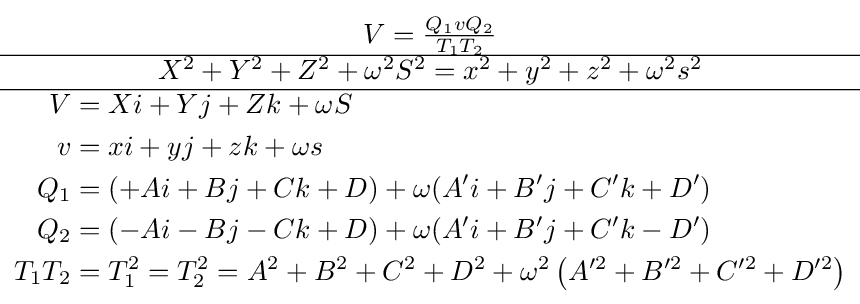
{\begin{matrix}V={\frac {Q_{1}vQ_{2}}{T_{1}T_{2}}}\\\hline X^{2}+Y^{2}+Z^{2}+\omega ^{2}S^{2}=x^{2}+y^{2}+z^{2}+\omega ^{2}s^{2}\\\hline {\begin{aligned}V&=Xi+Yj+Zk+\omega S\\v&=xi+yj+zk+\omega s\\Q_{1}&=(+Ai+Bj+Ck+D)+\omega (A'i+B'j+C'k+D')\\Q_{2}&=(-Ai-Bj-Ck+D)+\omega (A'i+B'j+C'k-D')\\T_{1}T_{2}&=T_{1}^{2}=T_{2}^{2}=A^{2}+B^{2}+C^{2}+D^{2}+\omega ^{2}\left(A^{\prime 2}+B^{\prime 2}+C^{\prime 2}+D^{\prime 2}\right)\end{aligned}}\end{matrix}}